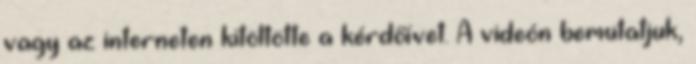
vagy az interneten kitöltötte a kérdőívet. A videón bemutatjuk,